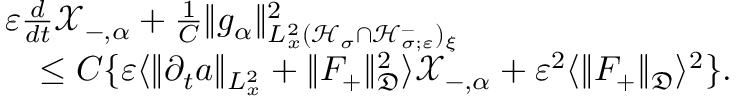
\begin{array} { r l } & { \varepsilon \frac { d } { d t } \mathscr X _ { - , \alpha } + \frac { 1 } { C } \| g _ { \alpha } \| _ { L _ { x } ^ { 2 } ( \mathcal H _ { \sigma } \cap \mathcal H _ { \sigma ; \varepsilon } ^ { - } ) _ { \xi } } ^ { 2 } } \\ & { \quad \leq C \{ \varepsilon \langle \| \partial _ { t } a \| _ { L _ { x } ^ { 2 } } + \| F _ { + } \| _ { \mathfrak D } ^ { 2 } \rangle \mathscr X _ { - , \alpha } + \varepsilon ^ { 2 } \langle \| F _ { + } \| _ { \mathfrak D } \rangle ^ { 2 } \} . } \end{array}